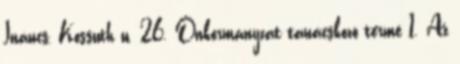
Ináncs, Kossuth u. 26. Önkormányzat tanácskozó terme 1. Az